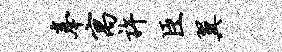
奉寓许臣翼